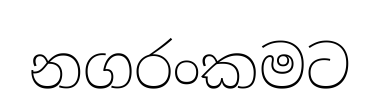
නගරංකමට